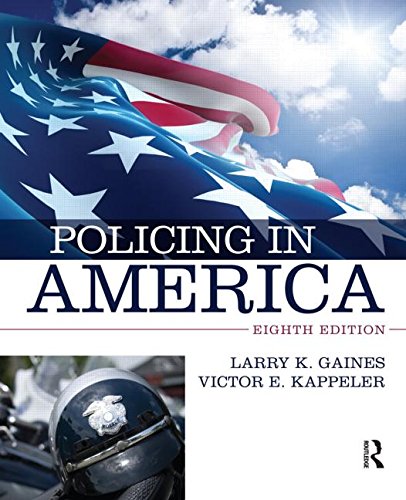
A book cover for Policing in America; Larry K. Gaines; Law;